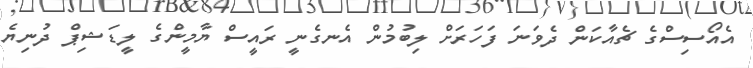
އެއޯސިސްގެ ޗެއާކަން ދެވަނަ ފަހަރަށް ލިބުމުން އެނގެނީ ރައީސް ޔާމީންގެ ލީޑަޝިޕް ދުނިޔެ